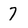
Character: 7